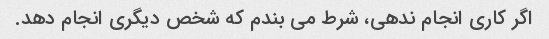
اگر کاری انجام ندهی، شرط می بندم که شخص دیگری انجام دهد.